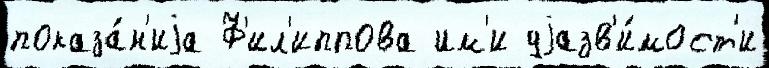
показа́н'иjа Ф'ил'иппова им'и уjазв'и́мост'и